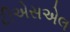
ટીએસએલ